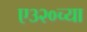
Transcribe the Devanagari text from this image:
ए३२०च्या